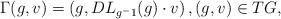
LaTeX: \begin{align*}\Gamma(g, v) = \left( g, DL_{g^-1}(g) \cdot v \right), (g, v) \in TG,\end{align*}